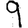
Digit: 9